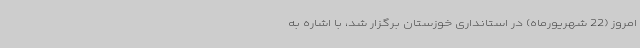
امروز (22 شهریورماه) در استانداری خوزستان برگزار شد، با اشاره به